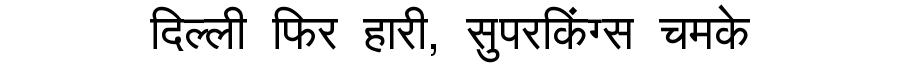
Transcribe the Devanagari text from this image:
दिल्ली फिर हारी, सुपरकिंग्स चमके